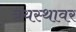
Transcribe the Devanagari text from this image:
त्रयस्थावर